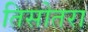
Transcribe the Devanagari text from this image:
तिसोतरा